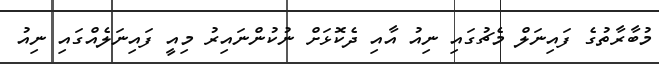
މުބާރާތުގެ ފައިނަލް މެޗުގައި ނިއު އާއި ދެކޮޅަށް ނުކުންނައިރު މިއީ ފައިނަލެއްގައި ނިއު